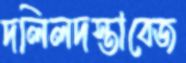
দলিলদস্তাবেজ